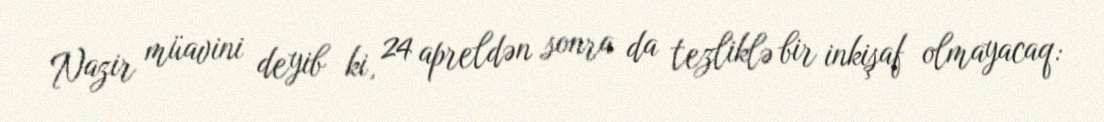
Nazir müavini deyib ki, 24 apreldən sonra da tezliklə bir inkişaf olmayacaq: